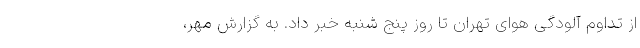
از تداوم آلودگی هوای تهران تا روز پنج‌ شنبه خبر داد. به گزارش مهر،